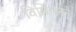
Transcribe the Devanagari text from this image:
विलिंग्डनने